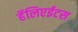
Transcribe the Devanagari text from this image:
हॅलिएईटस